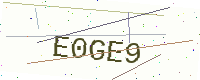
Text: E0GE9